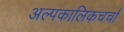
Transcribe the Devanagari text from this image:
अल्पकालिकचर्चा